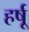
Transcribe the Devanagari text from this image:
हर्षू